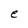
Character: e